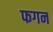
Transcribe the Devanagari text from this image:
फगन